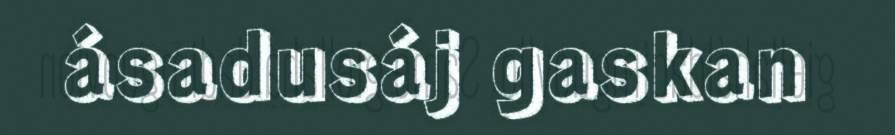
ásadusáj gaskan